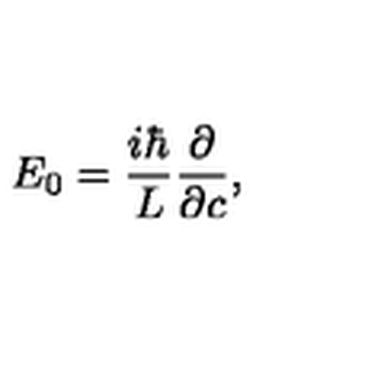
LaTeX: E _ { 0 } = { \frac { i \hbar } { L } } { \frac { \partial } { \partial c } } ,